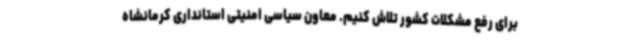
برای رفع مشکلات کشور تلاش کنیم. معاون سیاسی امنیتی استانداری کرمانشاه